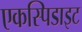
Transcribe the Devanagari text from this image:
एकस्पिडाइट